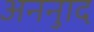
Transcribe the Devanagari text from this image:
अननुाद